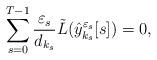
LaTeX: \begin{align*}\sum_{s=0}^{T-1}\frac{\varepsilon_s}{d_{k_s}}\tilde{L}(\hat{y}_{k_s}^{\varepsilon_s}[s])= 0,\end{align*}